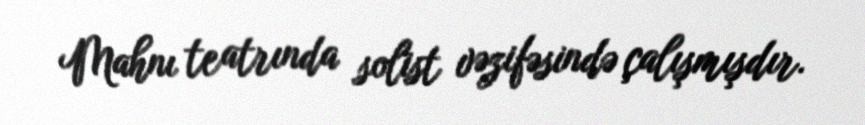
Mahnı teatrında solist vəzifəsində çalışmışdır.